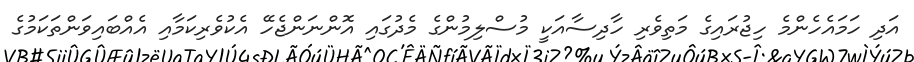
އަދި ހަމައެހެންމެ ހިޖުރައިގެ މަތިވެރި ހާދިސާއަކީ މުސްލިމުންގެ މެދުގައި އޮންނަންޖެހޭ އެކުވެރިކަމާއި އެއްބައިވަންތަކަމުގެ